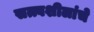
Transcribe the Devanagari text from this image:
सत्त्वशीलांचे